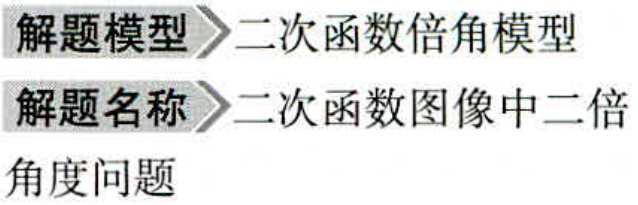
解题模型\(>\)二次函数倍角模型
解题名称\(>\)二次函数图像中二倍
角度问题